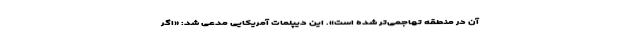
آن در منطقه تهاجمی‌تر شده است». این دیپلمات آمریکایی مدعی شد: «اگر